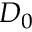
D _ { 0 }